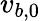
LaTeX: v_{b,0}